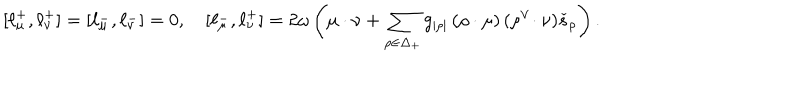
[ \ell _ { \mu } ^ { + } , \ell _ { \nu } ^ { + } ] = [ \ell _ { \mu } ^ { - } , \ell _ { \nu } ^ { - } ] = 0 , \quad [ \ell _ { \mu } ^ { - } , \ell _ { \nu } ^ { + } ] = 2 \omega \left( \mu \cdot \nu + \sum _ { \rho \in \Delta _ { + } } g _ { | \rho | } \, ( \rho \cdot \mu ) \, ( \rho ^ { \vee } \! \cdot \nu ) \check { s } _ { \rho } \right) .